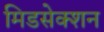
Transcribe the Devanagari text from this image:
मिडसेक्शन